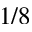
1 / 8